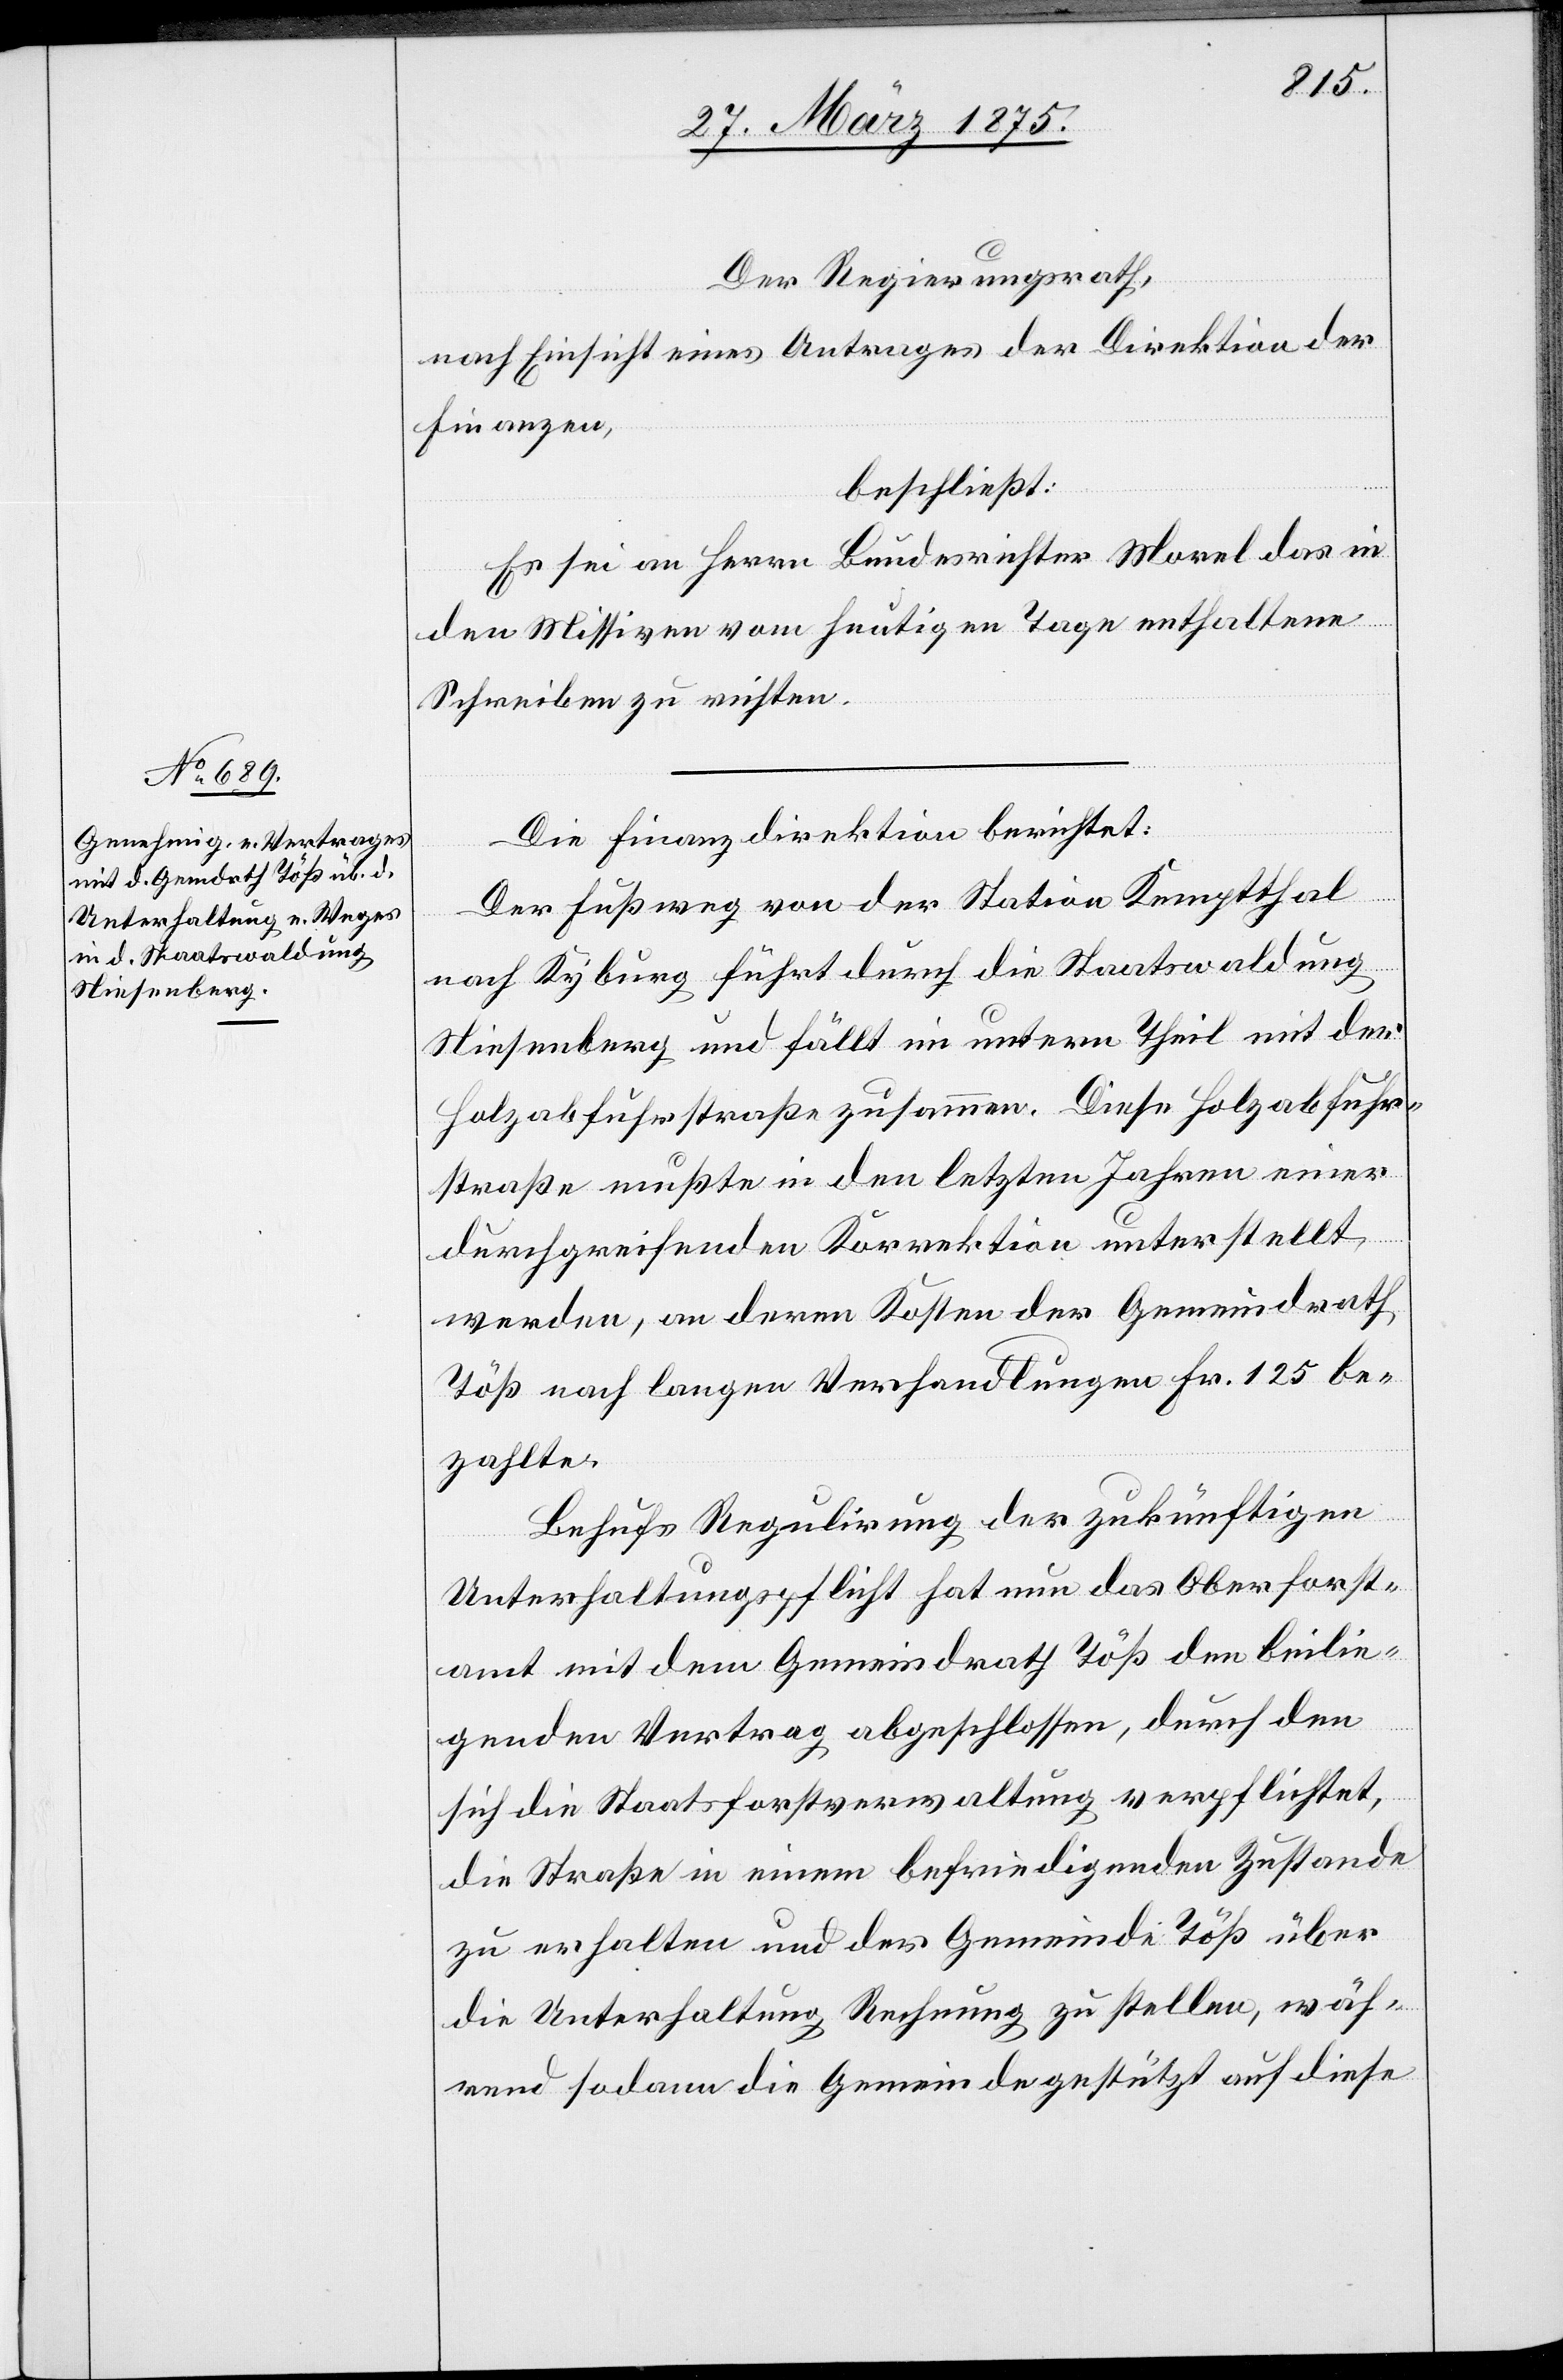
Der Regierungsrath,
nach Einsicht eines Antrages der Direktion der
Finanzen,
beschließt:
Es sei an Herrn Bundesrichter Morel das in
den Missiven vom heutigen Tage enthaltene
Schreiben zu richten.
Die Finanzdirektion berichtet:
Der Fußweg von der Station Kemptthal
nach Kyburg führt durch die Staatswaldung
Niesenberg und fällt in unteren Theil mit der
Salzabfuhrstraße zusammen. Diese Salzabfuhr¬
straße mußte in den letzten Jahren einer
durchgreifenden Korrektion unterstellt
werden, an deren Kosten der Gemeindrath
Töß nach langen Verhandlungen Fr. 125 be¬
zahlte.
Behufs Regulirung der zukünftigen
Unterhaltungspflicht hat nun das Oberforst¬
amt mit dem Gemeindrath Töß den beilie¬
genden Vertrag abgeschlossen, durch den
sich die Staatsforstverwaltung verpflichtet,
die Straße in einem befriedigenden Zustande
zu erhalten und der Gemeinde Töß über
die Unterhaltung Rechnung zu stellen, wäh¬
rend sodann die Gemeinde gestützt auf diese